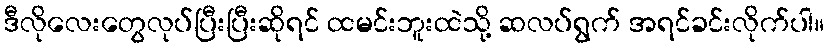
ဒီလိုလေးတွေလုပ်ပြီးပြီးဆိုရင် ထမင်းဘူးထဲသို့ ဆလပ်ရွက် အရင်ခင်းလိုက်ပါ။